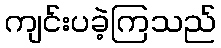
ကျင်းပခဲ့ကြသည်